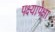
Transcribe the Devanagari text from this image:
पक्ष्यापेक्षा